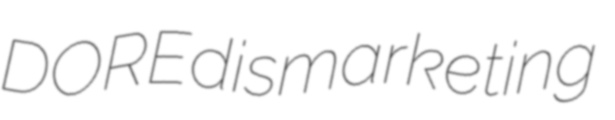
DORE dismarketing